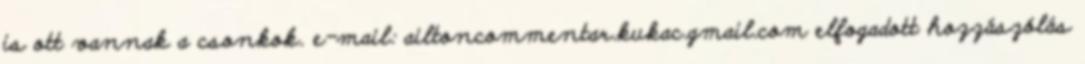
is ott vannak a csonkok. e-mail: ailtoncommentar.kukac.gmail.com elfogadott hozzászólás